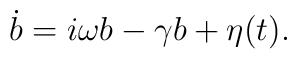
\dot{b} = i \omega b - \gamma b +\eta (t).